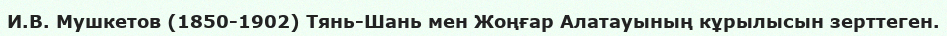
И.В. Мушкетов (1850-1902) Тянь-Шань мен Жоңғар Алатауының кұрылысын зерттеген.